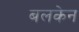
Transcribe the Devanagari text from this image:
बलकेन